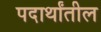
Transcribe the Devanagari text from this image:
पदार्थांतील